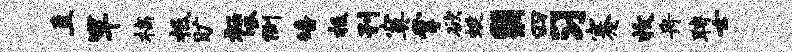
直竿槁柢旷衽呱倒皤抵刊寞掌欲蜓翳四习蹇收舟聘士